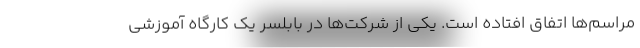
مراسم‌ها اتفاق افتاده است. یکی از شرکت‌ها در بابلسر یک کارگاه آموزشی